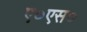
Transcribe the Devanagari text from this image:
ए०एस०